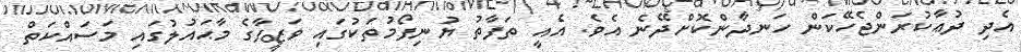
އެދި ދުޢާކުރަންޖެހޭކަން ހަނދާންކޮށްދޭނެ އެވެ. އެއީ ތަފާތު ޔުނިފޯމުތަކުގައި ވަޒީފާގެ މާޙައުލުގައި މަސައްކަތް